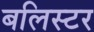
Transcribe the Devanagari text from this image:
बलिस्टर